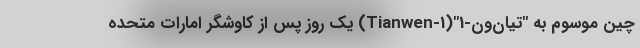
چین موسوم به "تیان‌ون-1"(Tianwen-1) یک روز پس از کاوشگر امارات متحده